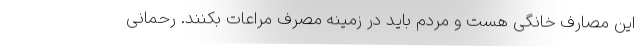
این مصارف خانگی هست و مردم باید در زمینه مصرف مراعات بکنند. رحمانی